Theory and practice of anti-rabic immunisation - Number 30
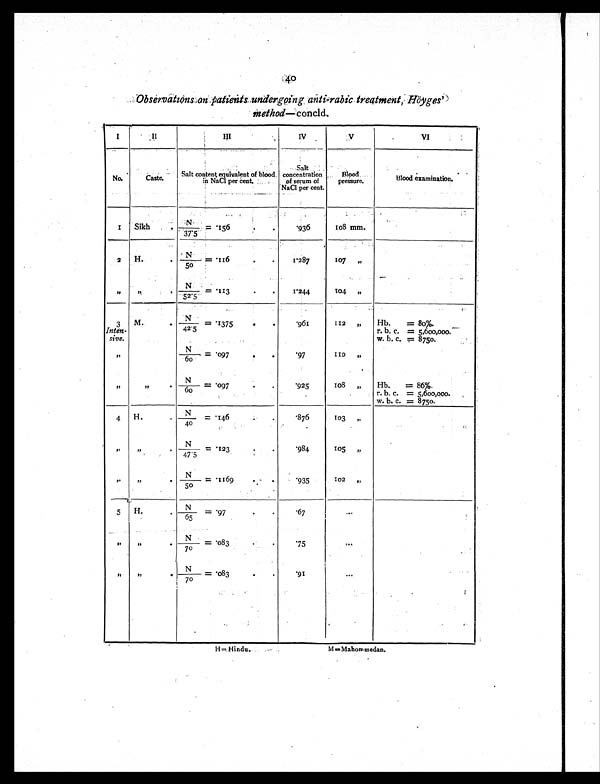
40
Observations an patients undergoing anti-rabic treatment, Hoyges'
method—concld.
I
II
III
IV
V
V I
No.
Caste.
Salt content equivalent of blood
in NaCl per Cent.
Salt
concentration
of serum of
NaCl per cent.
Blood
pressure.
B l o o d e x a m i n a t i o n .
1 Sikh
N/37.5 = .156
.936
108 mm.
2 H.
N / 5 0 = . 1 1 6
1.287
107 "
"
"
N / 5 2 . 5
= .113
1.244
104 "
3
I n
ten-
sive.
M.
N
/42.5 = .1375
.961
112 "
Hb.
= 80%.
r. b. c. = 5,600,000.
w. b. c. = 8750.
"
N
/ 6 o = . 097
.97
110 "
"
" N/60 = .097
.925
108 "
Hb. = 86%.
•
r. b. c. = 5,600,000.
w. b. c. = 8750.
4 H.
N / 4 0 = . 1 4 6
.876
103 "
"
"
N/47.5 = .123
.984
105 "
"
"
N/50 = .1169
.935
102 "
5 H.
N/ 65 = . 97
.67
. . .
"
"
N/70 = .083
.75
. . .
"
"
N/70 = .083
.91
...
H=Hindu.
M=Mahommedan.